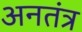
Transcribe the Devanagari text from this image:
अनतंत्र